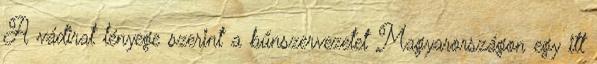
A vádirat lényege szerint a bűnszervezetet Magyarországon egy itt